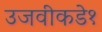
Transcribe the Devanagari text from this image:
उजवीकडे१